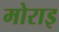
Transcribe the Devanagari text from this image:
मोराइ